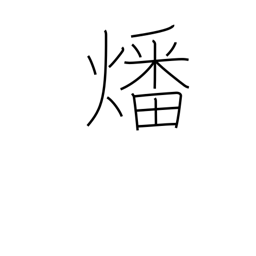
Meaning: burn